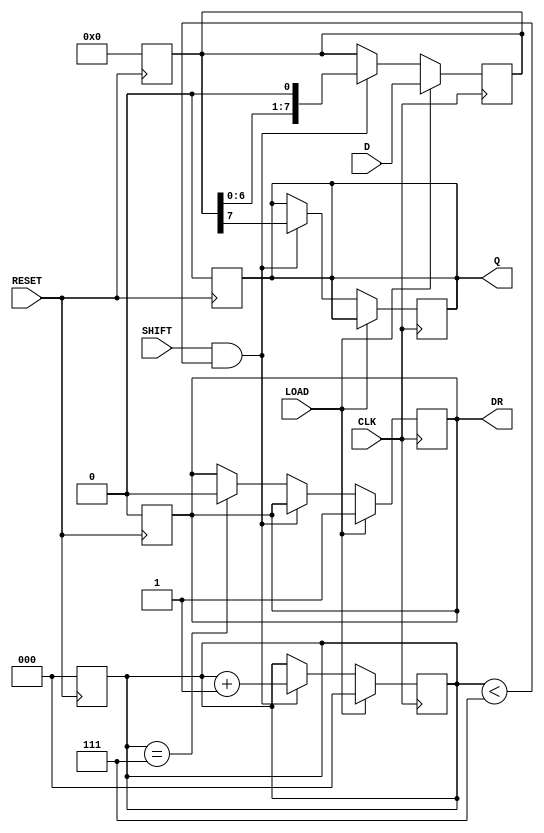
module PISO_Register (
    input wire [7:0] D,      // 8-bit data input
    input wire LOAD,         // Load control signal
    input wire SHIFT,        // Shift control signal
    input wire CLK,          // Clock signal
    input wire RESET,        // Asynchronous reset signal
    output reg Q,            // Serial output
    output reg DR            // Data ready output
);

    reg [7:0] REG;           // 8-bit storage register
    reg [2:0] count;         // Counter to track the number of bits shifted out

    // Asynchronous reset
    always @(posedge RESET) begin
        REG <= 8'b0;         // Clear the register
        count <= 3'b0;       // Reset the counter
        Q <= 1'b0;           // Clear serial output
        DR <= 1'b0;          // Clear data ready signal
    end

    // Loading data into the register
    always @(posedge CLK) begin
        if (LOAD) begin
            REG <= D;        // Load data into the register
            count <= 3'b0;   // Reset the counter
            DR <= 1'b1;      // Indicate data is ready
        end
        else if (SHIFT && count < 3'b111) begin
            Q <= REG[7];     // Output the MSB to Q
            REG <= {REG[6:0], 1'b0}; // Shift left
            count <= count + 1; // Increment the count
        end
        else if (count == 3'b111) begin
            DR <= 1'b0;      // Clear data ready signal after all bits shifted out
        end
    end

endmodule